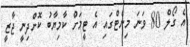
އެ ގޯލް 80 ވަނަ މިނެޓްގައި އެ ޓީމަށް ކާމިޔާބު ކޮށްދިނީ ޖާޒީ